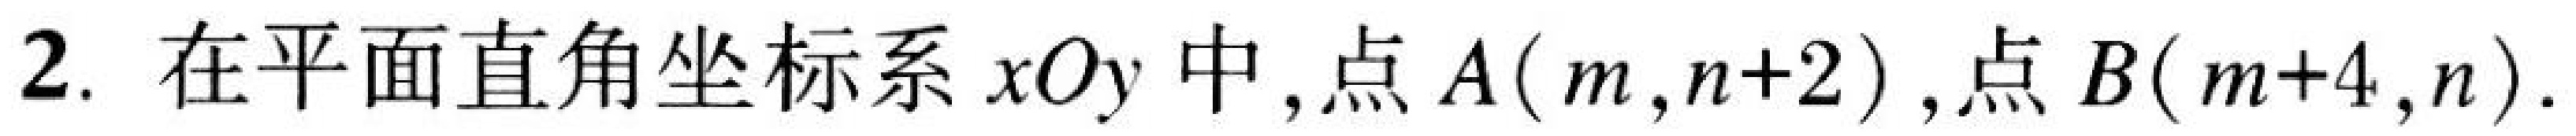
2. 在平面直角坐标系\(xOy\)中,点\(A(m,n + 2)\),点\(B(m + 4,n)\).